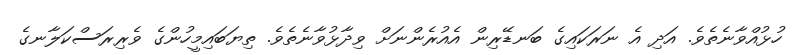
ހުޅުއްވާނެތެވެ. އަދި އެ ނަރަކައިގެ ބަނޑޭރިން އެއުރެންނަށް ވިދާޅުވާނެތެވެ. ތިޔަބައިމީހުންގެ ވެރިރަސްކަލާނގެ